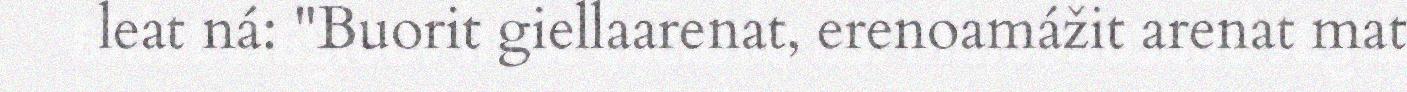
leat ná: "Buorit giellaarenat, erenoamážit arenat mat